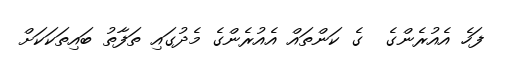
ފަހެ އެއުރެންގެ  ގެ ކަންތައް އެއުރެންގެ މެދުގައި ތަފާތު ބައިތަކަކަށް